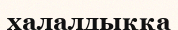
халалдыққа